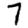
Digit: 7